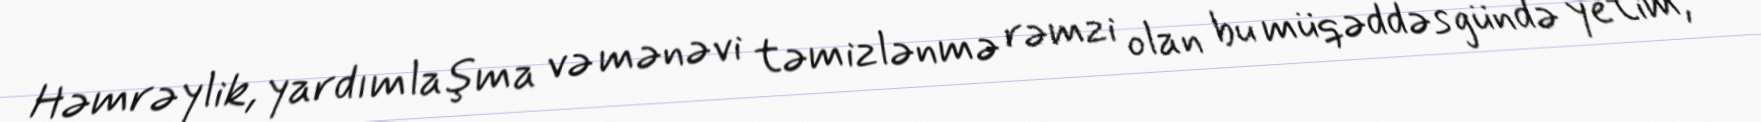
Həmrəylik, yardımlaşma və mənəvi təmizlənmə rəmzi olan bu müqəddəs gündə yetim,